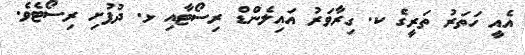
އެއީ ހަތަރު ތަރީގެ ކ. ގިރާވަރު އައިލެންޑް ރިސޯޓާއި ޅ. ދުފުށި ރިސޯޓެވެ.